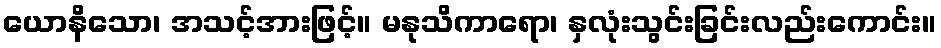
ယောနိသော၊ အသင့်အားဖြင့်။ မနုသိကာရော၊ နှလုံးသွင်းခြင်းလည်းကောင်း။